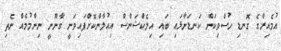
އުމެއިރާގެ ގޮނޑި ހުސްވިކަން ކަނޑަނާޅައި ބައި އިލެކްޝަންސް އިއުލާންކޮށްފައިވަނީ ގާނޫނީ ނިންމުމެއް ނެތި